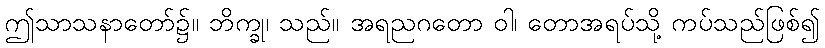
ဤသာသနာတော်၌။ ဘိက္ခု၊ သည်။ အရညဂတော ဝါ၊ တောအရပ်သို့ ကပ်သည်ဖြစ်၍